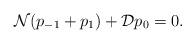
LaTeX: \begin{align*}\mathcal{N}(p_{-1}+p_{1})+\mathcal{D}p_{0}=0.\end{align*}